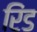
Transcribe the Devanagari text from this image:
रिंड